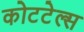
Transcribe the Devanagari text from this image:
कोटटेल्स